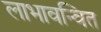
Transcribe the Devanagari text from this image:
लाभावन्वित